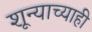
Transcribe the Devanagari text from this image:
शून्याच्याही